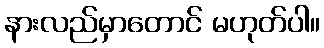
နားလည်မှာတောင် မဟုတ်ပါ။